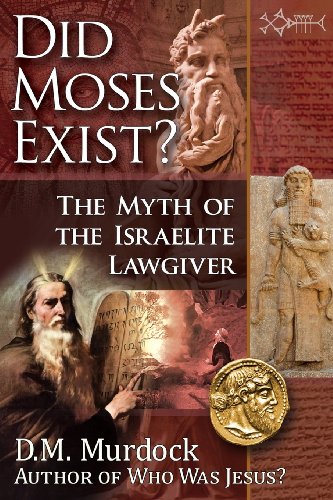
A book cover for Did Moses Exist? The Myth of the Israelite Lawgiver; D. M. Murdock; Religion & Spirituality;